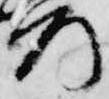
所